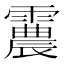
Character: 𩅽